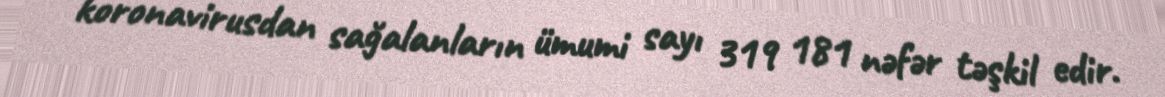
koronavirusdan sağalanların ümumi sayı 319 181 nəfər təşkil edir.